Tezpur Lunatic Asylum reports 1877-1894 - 1877-1894
Year: 1877
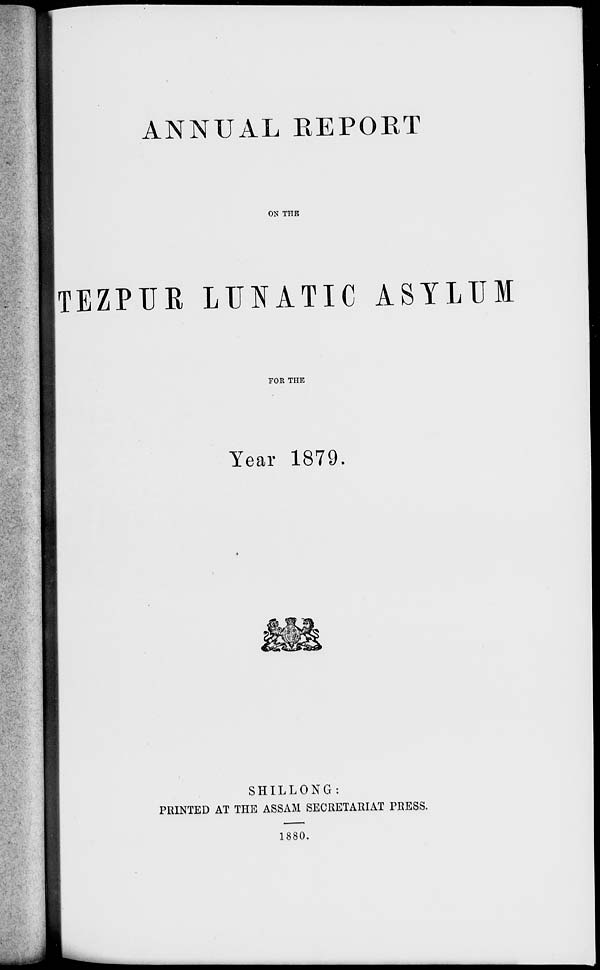
ANNUAL EEPOET
ON THE
TEZPUE LUNATIC ASYLUM
FOR THE
Year 1879.
SHILLONG:
PRINTED AT THE ASSAM SECRETARIAT PRESS.
1880.